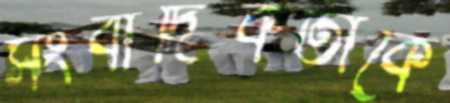
সংবাদিকতাকে